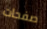
صفحات